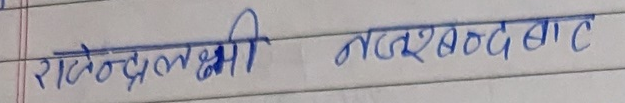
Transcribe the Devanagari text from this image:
राजेन्द्रलक्ष्मी नलस्वदबाट